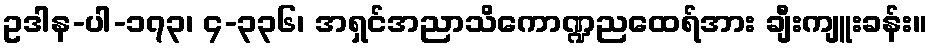
ဥဒါန-ပါ-၁၇၃၊ ၄-၃၃၆၊ အရှင်အညာသိကောဏ္ဍညထေရ်အား ချီးကျူးခန်း။